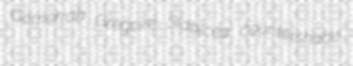
Gomorrah Gregoire Sidalcea countershade